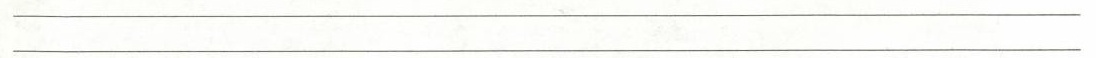
___